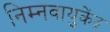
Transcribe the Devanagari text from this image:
निम्नवायुकेंद्र